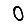
Digit: 0